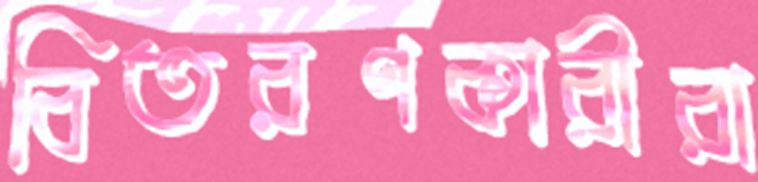
বিতরণকারীরা